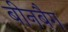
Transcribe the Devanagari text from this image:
बीनबैग